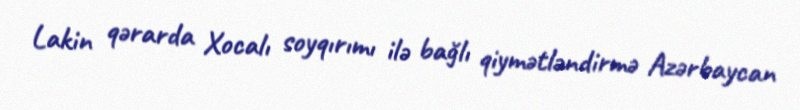
Lakin qərarda Xocalı soyqırımı ilə bağlı qiymətləndirmə Azərbaycan